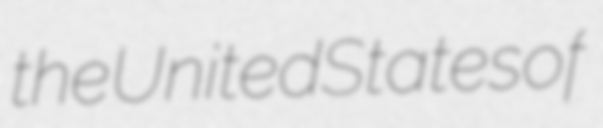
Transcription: the United States of